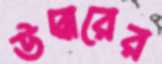
উদ্বারের